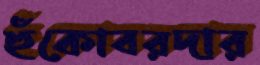
হুঁকোবরদার